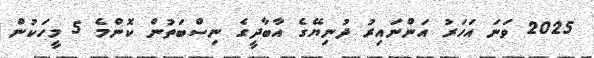
2025 ވަނަ އަހަރު އަންނައިރު ދުނިޔޭގެ އާބާދީގެ ނިސްބަތުން ކޮންމެ 5 މީހަކުން